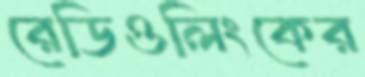
রেডিওলিংকের